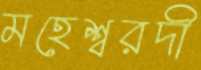
মহেশ্বরদী